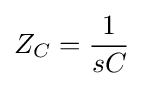
Z_{C}={\frac {1}{sC}}